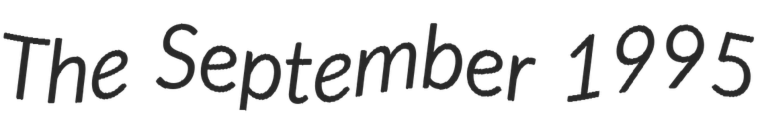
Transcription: The September 1995